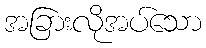
အခြားလိုအပ်သော